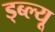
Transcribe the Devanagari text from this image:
ड्ब्ल्यू